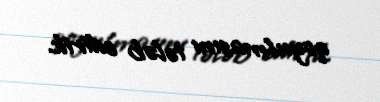
qoyulmasını tələb edirik.